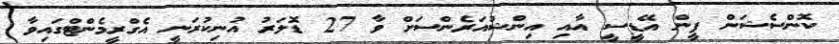
ކޮންސެޝަން ފީން އޭޑީސީ އާއި އިންޝުއަރެންސަށް ވާ 27 ޑޮލަރު އުނިކުރަނީ އެގްރީމެންޓްގައިވާ